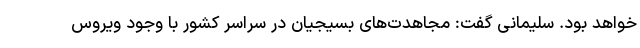
خواهد بود. سلیمانی گفت: مجاهدت‌های بسیجیان در سراسر کشور با وجود ویروس